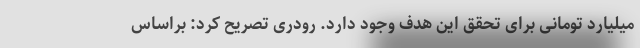
میلیارد تومانی برای تحقق این هدف وجود دارد. رودری تصریح کرد: براساس